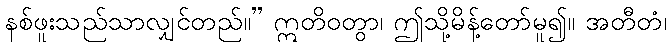
နစ်ဖူးသည်သာလျှင်တည်။” ဣတိဝတွာ၊ ဤသို့မိန့်တော်မူ၍။ အတီတံ၊